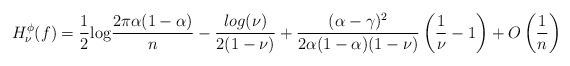
LaTeX: \begin{align*}H^{\phi}_{\nu}(f) = \frac{1}{2} {\rm log} \frac{2 \pi \alpha (1-\alpha)}{n} -\frac{log(\nu)}{2(1-\nu)} + \frac{(\alpha-\gamma)^2}{2\alpha (1-\alpha)(1-\nu)} \left( \frac{1}{\nu} -1 \right) + O\left(\frac{1}{n} \right) \end{align*}